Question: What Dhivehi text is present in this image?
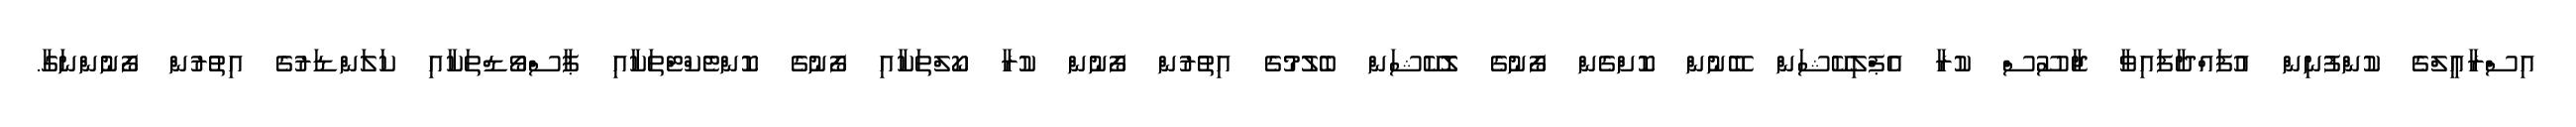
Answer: އިސްރާއީލްގެ ކުންފުނިން އުފައްދާފައިވާ ޖާސޫސް ކުރާ އެޕްލިކޭޝަން ބޭނުން ކޮށްގެން ފޯނުގެ ލޮކޭޝަން ބެލުމުގެ އިތުރުން ފޯނުން ކުރާ ކޯލްތަކާއި ފޯނުގެ ކޮންޓެކްޓްތަކާއި ޕާސްވޯޑްތަކާއި ކަލަންޑަރުގެ އިތުރުން ފޯނުންނަގާ.